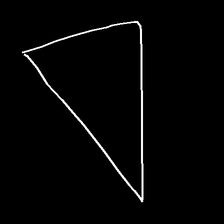
Glyph: convergence